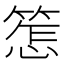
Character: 𱸒